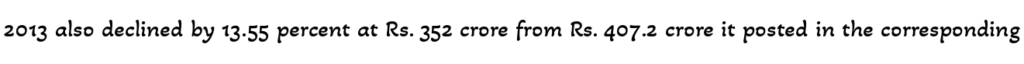
2013 also declined by 13.55 percent at Rs. 352 crore from Rs. 407.2 crore it posted in the corresponding